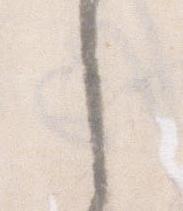
し